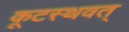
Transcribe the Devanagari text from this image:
कूटस्थवत्‌